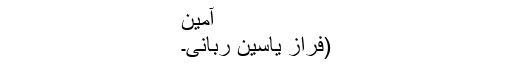
آمین
(فراز یاسین ربانی۔